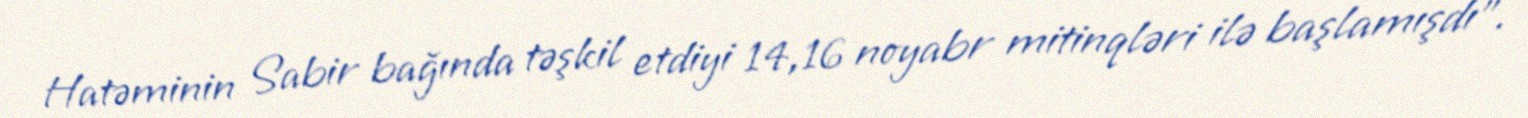
Hatəminin Sabir bağında təşkil etdiyi 14,16 noyabr mitinqləri ilə başlamışdı”.